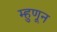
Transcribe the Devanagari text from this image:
म्हुणून